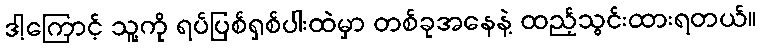
ဒါ့ကြောင့် သူ့ကို ရပ်ပြစ်ရှစ်ပါးထဲမှာ တစ်ခုအနေနဲ့ ထည့်သွင်းထားရတယ်။